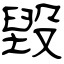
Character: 毀